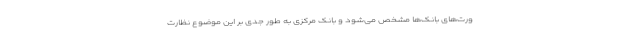
ورت‌های بانک‌ها مشخص می‌شود و بانک مرکزی به طور جدی بر این موضوع نظارت